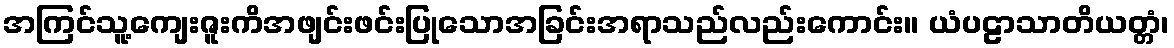
အကြင်သူ့ကျေးဇူးကိအဖျင်းဖင်းပြုသောအခြင်းအရာသည်လည်းကောင်း။ ယံပဠာသာတိယတ္တံ၊